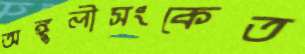
অঙ্গুলীসংকেত